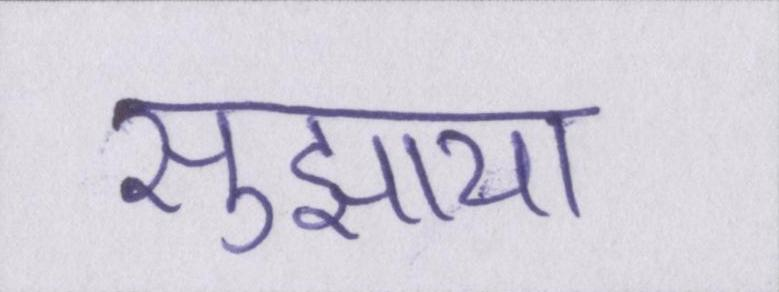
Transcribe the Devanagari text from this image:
सुझाया